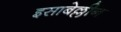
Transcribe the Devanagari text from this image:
इसाबेल्लीन